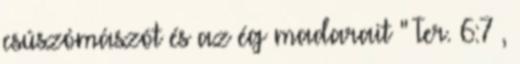
csúszómászót és az ég madarait " Ter. 6:7 ,